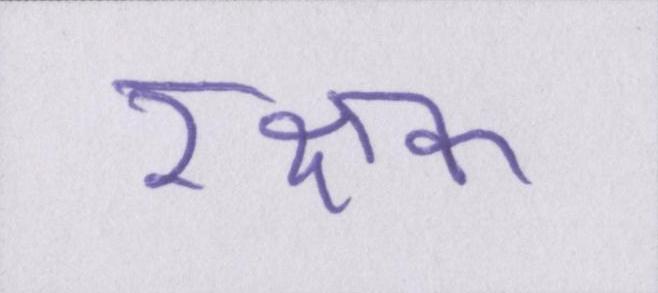
रक्षक